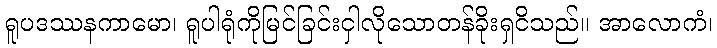
ရူပဒဿနကာမော၊ ရူပါရုံကိုမြင်ခြင်းငှါလိုသောတန်ခိုးရှငိသည်။ အာလောကံ၊